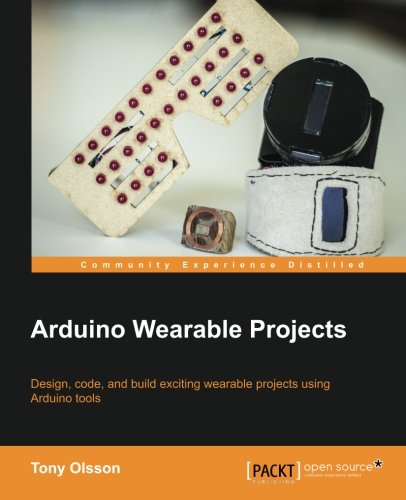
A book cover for Arduino Wearable Projects; Tony Olsson; Computers & Technology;